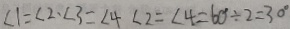
\angle 1 = \angle 2 \cdot \angle 3 = \angle 4 \angle 2 = \angle 4 = 6 0 ^ { \circ } \div 2 = 3 0 ^ { \circ }